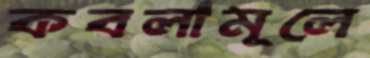
কবলামূলে